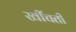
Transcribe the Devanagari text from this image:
खींचतीं